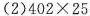
(2)402 \times 25